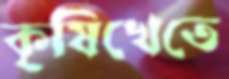
কৃষিখেতে